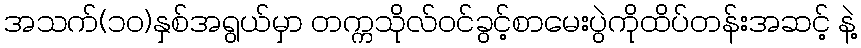
အသက်(၁၀)နှစ်အရွယ်မှာ တက္ကသိုလ်ဝင်ခွင့်စာမေးပွဲကိုထိပ်တန်းအဆင့် နဲ့